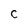
Character: C